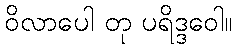
ဝိလာပေါ တု ပရိဒ္ဒဝေါ။